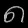
Digit: ၈